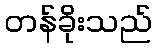
တန်ခိုးသည်